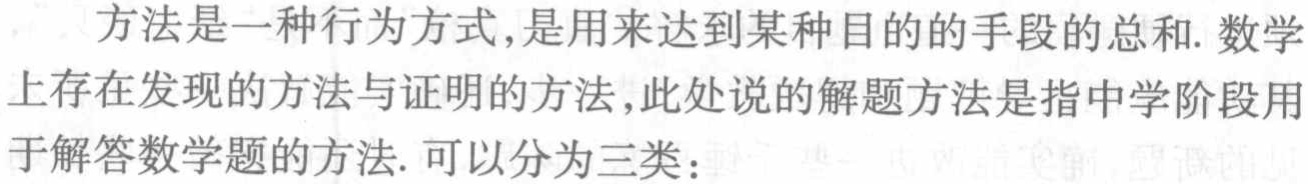
方法是一种行为方式,是用来达到某种目的的手段的总和. 数学上存在发现的方法与证明的方法,此处说的解题方法是指中学阶段用于解答数学题的方法. 可以分为三类：